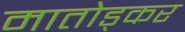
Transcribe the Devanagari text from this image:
मातोड्कर